Newspaper: The Idaho world. [volume]
Place of publication: Idaho City, Idaho Territory
Publisher: I.H. Bowman & Co.
Date: 1865-06-24 00:00:00
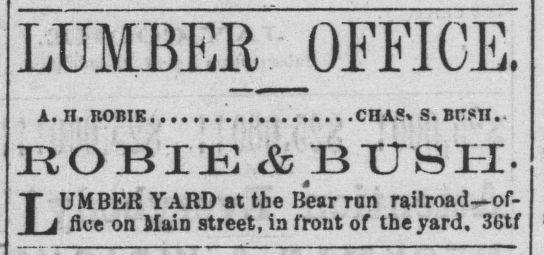
Advertisement text (OCR):
LUMBER OFFICE. A. H. ROBIK................... CHAS» S. BUSH. ROBIE & BUSH L UMBER YARD at the Bear run railroad—of fice on Main street, in front of the yard. 36tf
Label: text-only